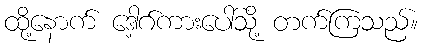
ထို့နောက် ဒေါ့ဂ်ကားပေါ်သို့ တက်ကြသည်။